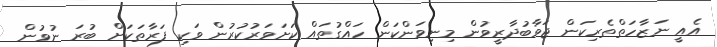
އެއީ ނަޒާހަތްތެރިކަން ޖަވާބުދާރީވުން މިނިވަންކަން ހައްގުތައް ކަށަވަރުކުރުން ވަކި ފަރާތަކަށް ބުރަ ނުވުން